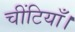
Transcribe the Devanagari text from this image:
चींटियाँ।